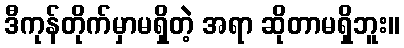
ဒီကုန်တိုက်မှာမရှိတဲ့ အရာ ဆိုတာမရှိဘူး။